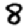
Digit: 8